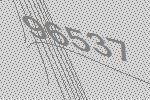
96537